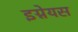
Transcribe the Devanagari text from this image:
इग्नेयस